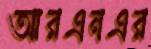
আরএনএর